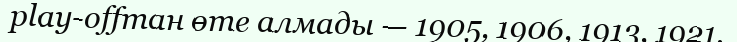
play-offтан өте алмады — 1905, 1906, 1913, 1921.